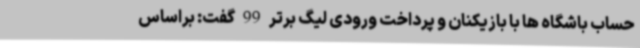
حساب باشگاه ها با بازیکنان و پرداخت ورودی لیگ برتر 99 گفت: براساس